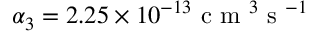
\alpha _ { 3 } = 2 . 2 5 \times 1 0 ^ { - 1 3 } \mathrm { ~ c ~ m ~ } ^ { 3 } \mathrm { ~ s ~ } ^ { - 1 }